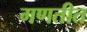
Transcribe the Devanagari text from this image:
गणतीत